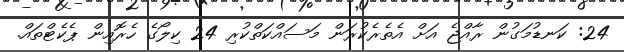
24: ކަނޑުމަގުން ރާއްޖެ އަށް އެތެރެކުރަން މަސައްކަތްކުރި 24 ކިލޯގެ ހެރޮއިން ޕެކެޓްތައް.